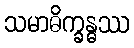
သမာဓိက္ခန္ဓဿ